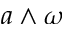
a \wedge \omega